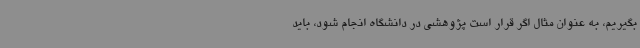
بگیریم، به عنوان مثال اگر قرار است پژوهشی در دانشگاه انجام شود، باید